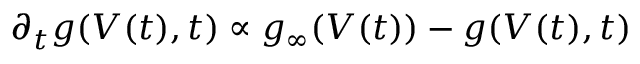
\partial _ { t } g ( V ( t ) , t ) \propto g _ { \infty } ( V ( t ) ) - g ( V ( t ) , t )